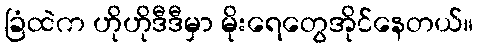
ခြံထဲက ဟိုဟိုဒီဒီမှာ မိုးရေတွေအိုင်နေတယ်။